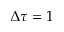
\Delta \tau = 1